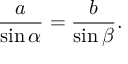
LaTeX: { \frac { a } { \sin \alpha } } = { \frac { b } { \sin \beta } } .